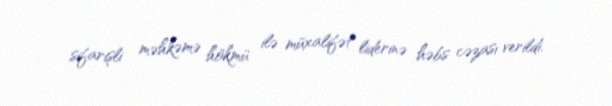
sifarişli məhkəmə hökmü ilə müxalifət liderinə həbs cəzası verildi.